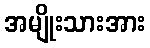
အမျိုးသားအား